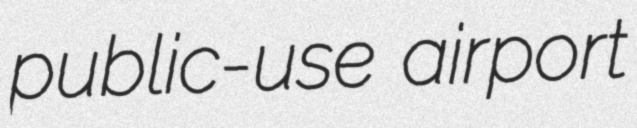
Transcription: public-use airport